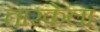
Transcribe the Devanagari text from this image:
तारकेला